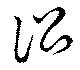
訟